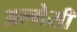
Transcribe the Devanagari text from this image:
अल्मेसी